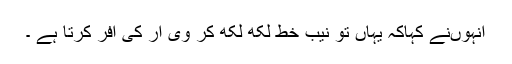
انہوںنے کہاکہ یہاں تو نیب خط لکھ لکھ کر وی آر کی آفر کرتا ہے ۔